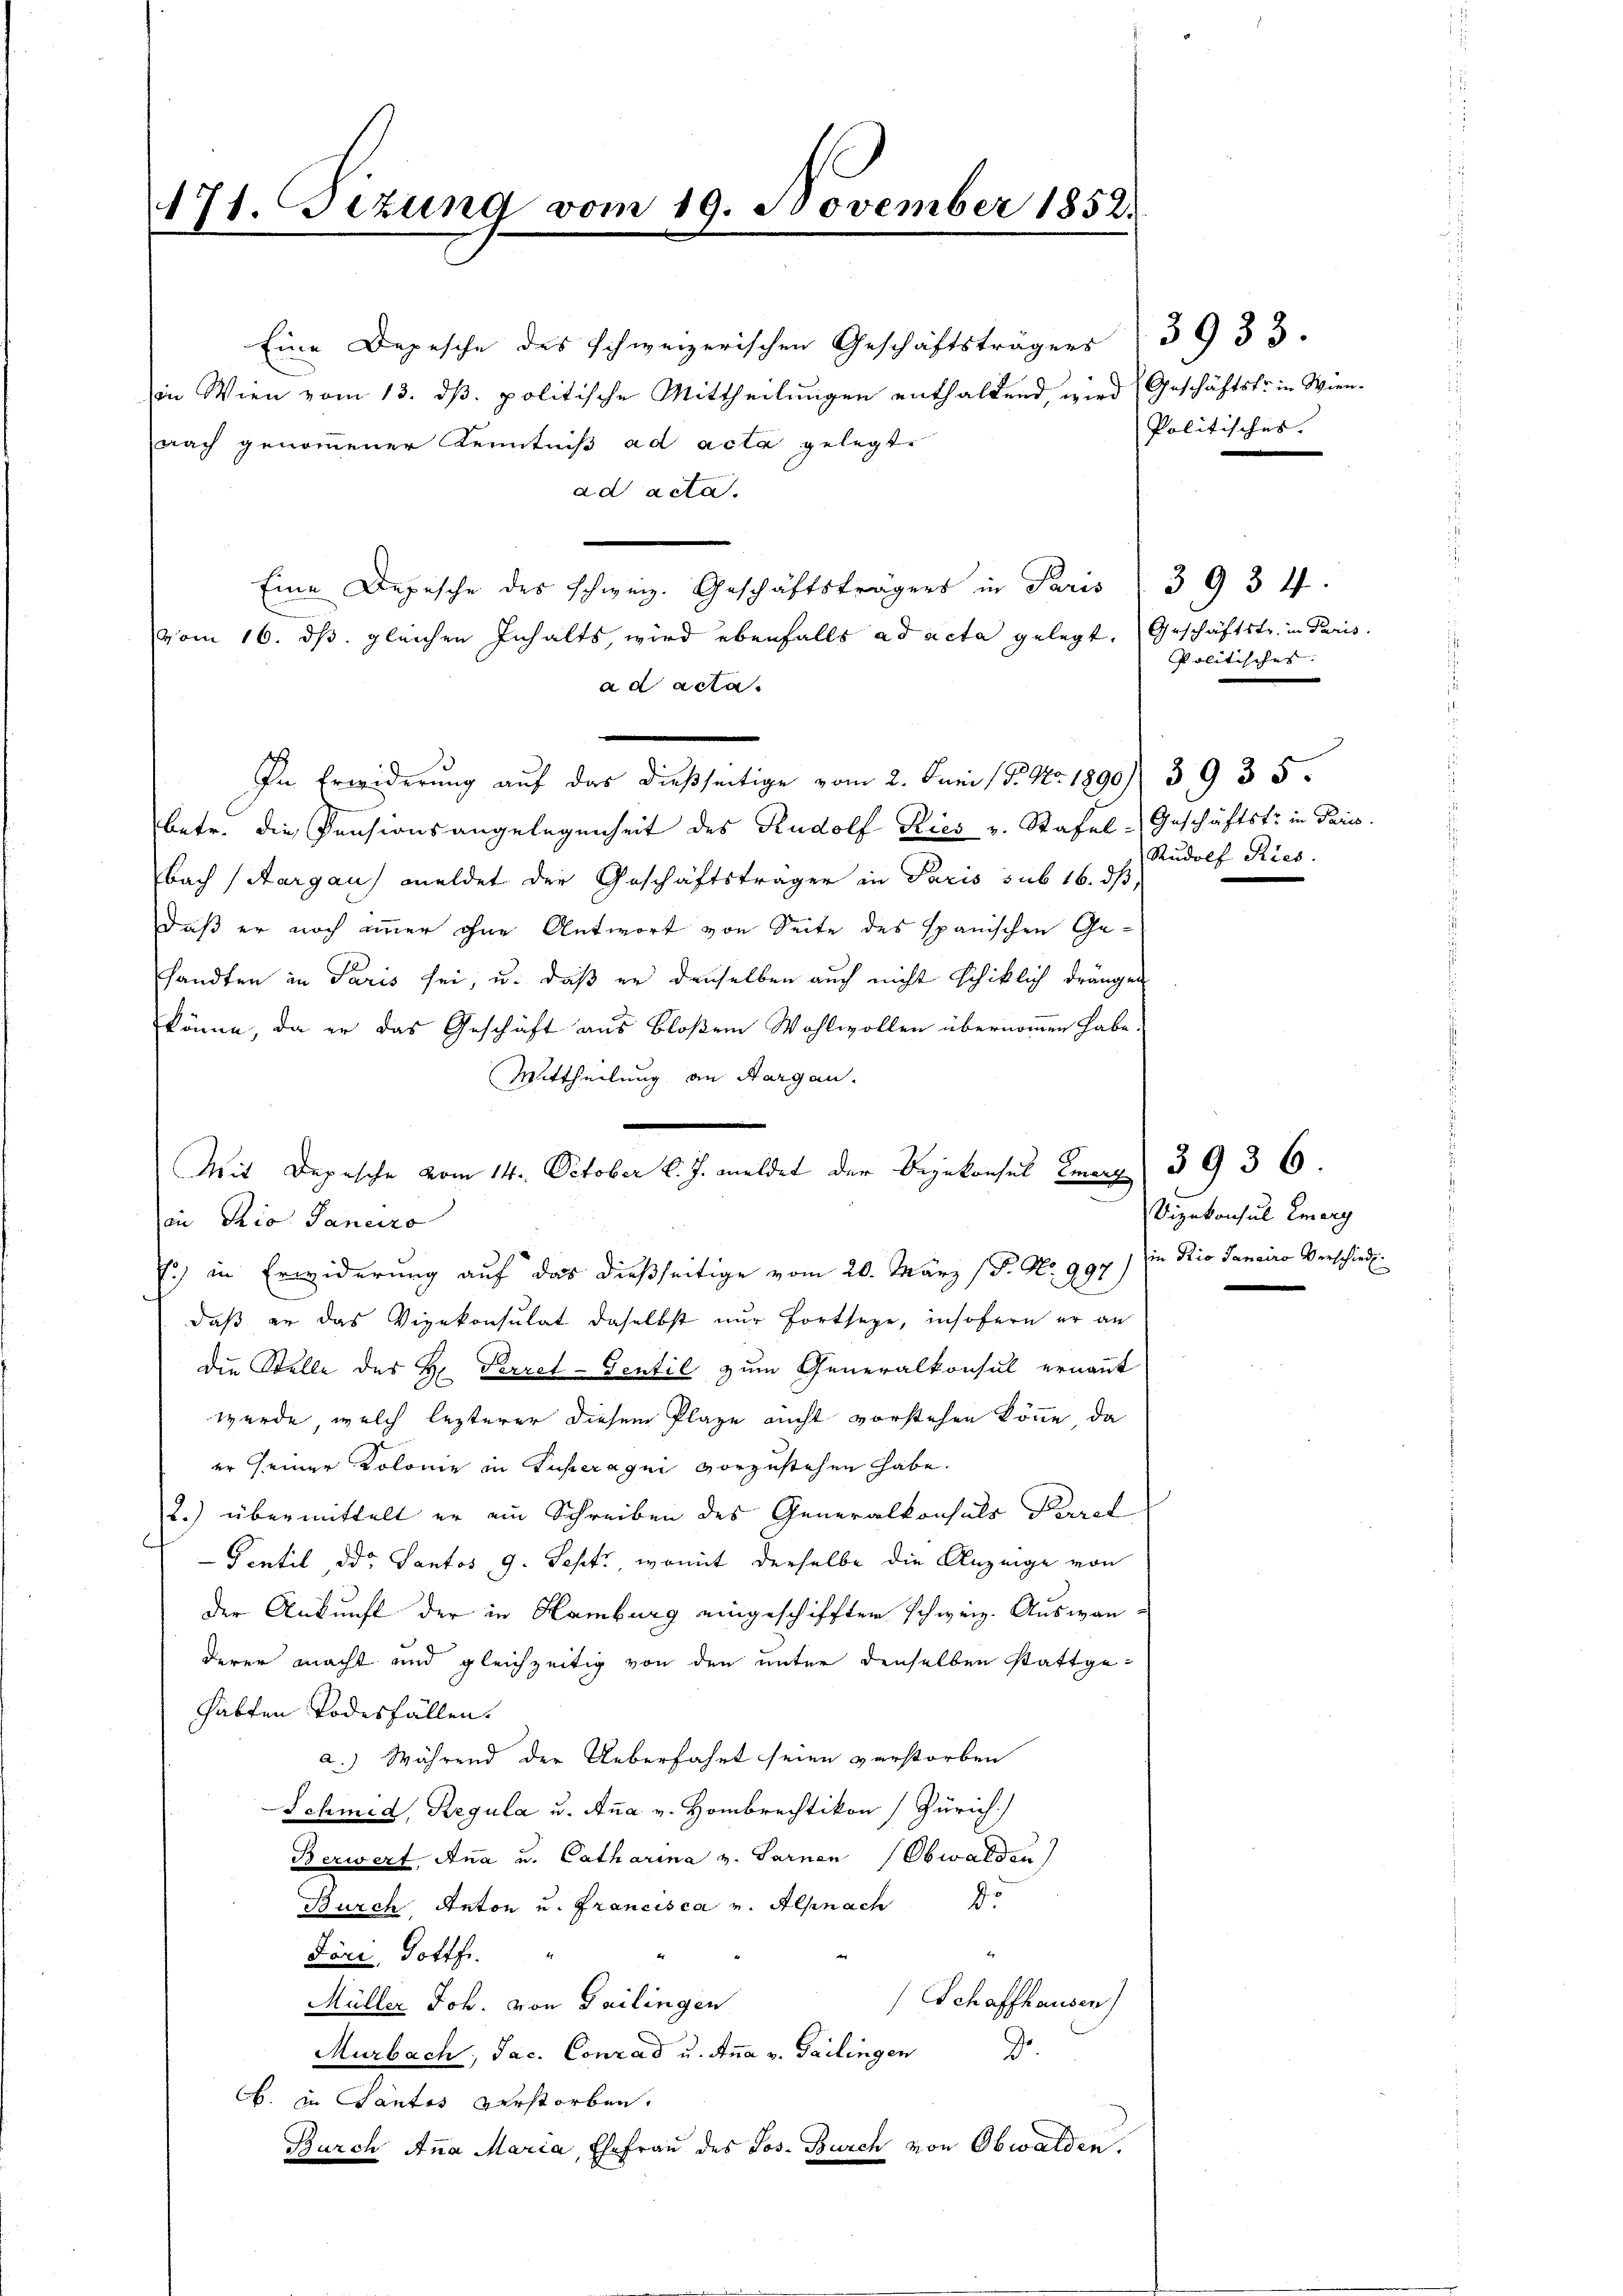
171. Fizung vom 19. November 1852.

Eine Depesche des schweizerischen Geschäftsträgers 3933.
in Wien vom 13. dβ. politische Mittheilŭngen enthaltend wird (Geschäftsfr. in Wien-
nach genommener Kenntniß ad acta gelegte
ad acta.
Eine Depesche des Schweiz. Geschäftsträgers in Paris (393 ff.
vom 16. ds. gleichen Inhalts, wird ebenfalls ad acta gelegt. Geschäftstr. in Paris.
ad acta.
In Erwiderung auf das dießseitige vom 2. Juni 13. No. 1890/ 3935.
betr. die Pensionsangelegenheit des Rudolf Kies v. Stafel-Geschäftstr in Paris.
bach (Aargau meldet der Geschäftsträger in Paris sub 16. dβ,
daß er noch immer ohne Antwort von Seite des spanischen Gesandten in Paris sei, u. daß er denselben auch nicht schiklich drängen
könne, da er das Geschäft aus bloßem Wohlwollen übernommen habe.
Mittheilung an Aargau.
Mit Depesche vom 14. October l. J. meldet der Dejekonsul Kmerz 3936.
in Rio Janeiro
E. in Erwiderung auf das dießseitige vom 20. März (P. No. 997) in Rio Janeiro Verschiede
daß er das Vizekonsulat daselbst nur Fortsexe, insofern er an
die Stelle der H: Perrel-Sentil zum Generalkonsul ernannt
wurde, welch lezterer diesem Plaze nicht vorstehen könne, da
er seiner Kolonie in Supera qui vorzustehen habe.
2.) übermittelt er ein Schreiben des Generalkonsuls Parret
Sentil, die Tantos 9. Sept., womit derselbe die Anzeige von
der Ankunft der in Hamburg eingeschifften Schweiz. Auswan-
deren macht und gleichzeitig von den unter denselben stattgehabten Todesfällen.
d.) Während der Ueberfahrt seien verstorben
Schmid, Regula u. Anna v. Hombrechtikon Zürich.)
Berwert, Anna u. Catharina v. Sarnen (Obwalden)
Burch, Anton u. Francisca v. Alpnach
Jöri, Gottfr.
Schaffhausen)
Müller Joh. von Gailingen
Murbach, Jac. Conrad u. Anna v. Parlingen
b. in Cantos verstorben.
Burch Anna Maria, Ehefrau des Jos. Burch von Obwalden,

Politisches. |

Politisches. |
Rudolf Ries.

Vizekonsul Emary